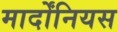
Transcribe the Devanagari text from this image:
मार्दोंनियस